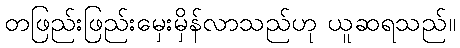
တဖြည်းဖြည်းမှေးမှိန်လာသည်ဟု ယူဆရသည်။